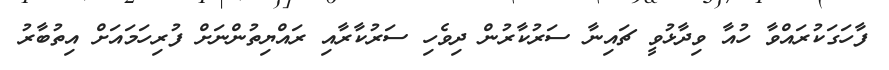
ފާހަގަކުރައްވާ ހުއާ ވިދާޅުވީ ޗައިނާ ސަރުކާރުން ދިވެހި ސަރުކާރާއި ރައްޔިތުންނަށް ފުރިހަމައަށް އިތުބާރު